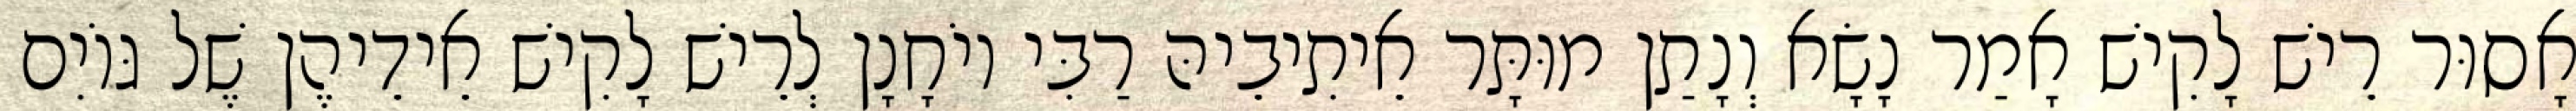
אָסוּר רֵישׁ לָקִישׁ אָמַר נָשָׂא וְנָתַן מוּתָּר אֵיתִיבֵיהּ רַבִּי יוֹחָנָן לְרֵישׁ לָקִישׁ אֵידֵיהֶן שֶׁל גּוֹיִם